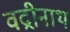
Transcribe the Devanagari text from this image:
वद्रीनाथ